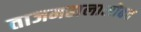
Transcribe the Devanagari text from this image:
ताजमहालासोबत